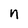
Character: n